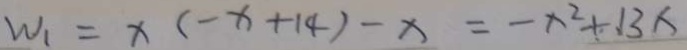
W _ { 1 } = x ( - x + 1 4 ) - x = - x ^ { 2 } + 1 3 x